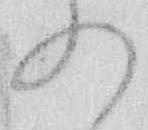
の